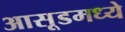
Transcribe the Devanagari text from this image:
आसूडमध्ये